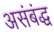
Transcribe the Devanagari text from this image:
असंबंद्ध